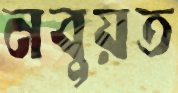
নবুয়ত